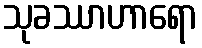
သုခဿာဟာရော